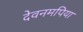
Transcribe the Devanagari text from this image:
देवनमपिया